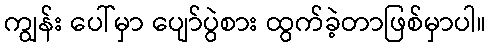
ကျွန်း ပေါ်မှာ ပျော်ပွဲစား ထွက်ခဲ့တာဖြစ်မှာပါ။